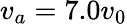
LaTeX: v_{a}=7.0v_{0}